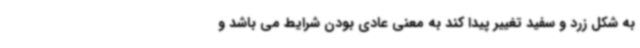
به شکل زرد و سفید تغییر پیدا کند به معنی عادی بودن شرایط می باشد و